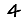
Digit: 4